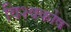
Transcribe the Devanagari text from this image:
विश्‍वकोष